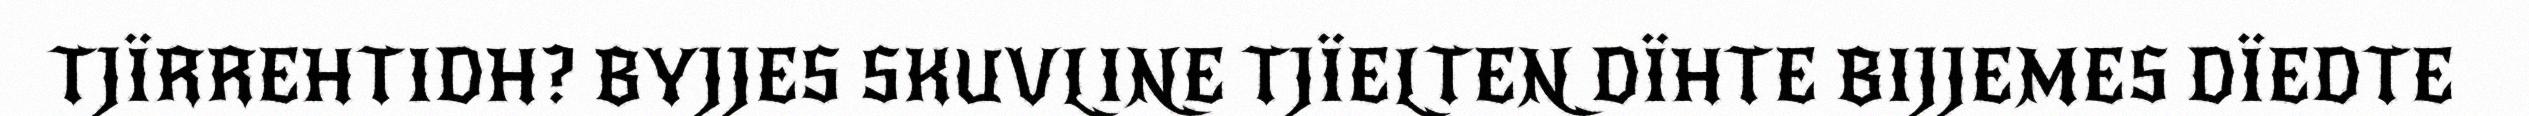
TJÏRREHTIDH? BYJJES SKUVLINE TJÏELTEN DÏHTE BIJJEMES DÏEDTE